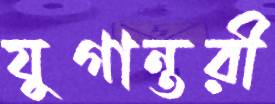
যুগান্তরী